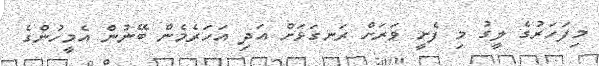
މިފަހަރުގެ ލީގު މި ފެށީ ވަރަށް ރަނގަޅަށް އަދި އަހަރެމެން ބޭނުން އެމީހުންގެ